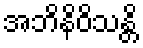
အဘိနိဝိသန္တိ